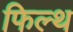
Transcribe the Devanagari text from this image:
फिल्थ